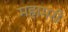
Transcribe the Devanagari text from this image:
महामरी